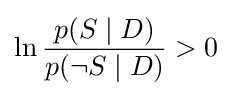
\ln {p(S\mid D) \over p(\neg S\mid D)}>0